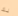
لك